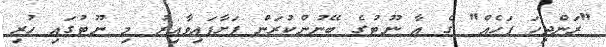
"ރަންދިހަ ފަހެއް" ގެ އާ ނޫޓުގެ ބޭނުންކުރަން ފަށާފައިވާއިރު މި ނޫޓުގައި ހުރި